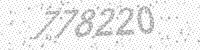
Solution: 778220